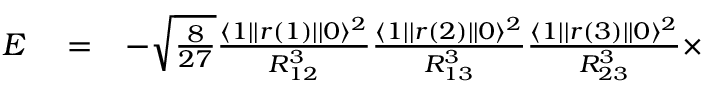
\begin{array} { r l r } { E } & { { } = } & { - \sqrt { \frac { 8 } { 2 7 } } \frac { \langle 1 | | r ( 1 ) | | 0 \rangle ^ { 2 } } { R _ { 1 2 } ^ { 3 } } \frac { \langle 1 | | r ( 2 ) | | 0 \rangle ^ { 2 } } { R _ { 1 3 } ^ { 3 } } \frac { \langle 1 | | r ( 3 ) | | 0 \rangle ^ { 2 } } { R _ { 2 3 } ^ { 3 } } \times } \end{array}